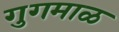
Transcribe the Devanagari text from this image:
गुगमाळ